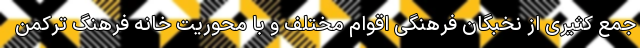
جمع کثیری از نخبگان فرهنگی اقوام مختلف و با محوریت خانه فرهنگ ترکمن